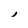
Character: i